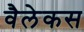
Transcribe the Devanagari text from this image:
वैलेकस